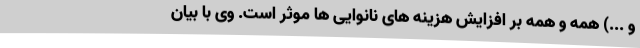
و ...) همه و همه بر افزایش هزینه های نانوایی ها موثر است. وی با بیان